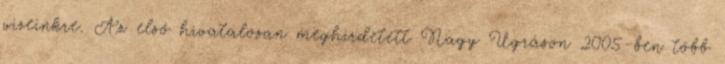
vizeinkre. Az első hivatalosan meghirdetett Nagy Ugráson 2005-ben több